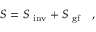
S = S _ { \mathrm { \small ~ i n v } } + S _ { \mathrm { \small ~ g f } } \quad ,